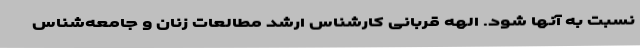
نسبت به آنها شود. الهه قربانی کارشناس ارشد مطالعات زنان و جامعه‌شناس